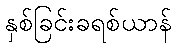
နှစ်ခြင်းခရစ်ယာန်